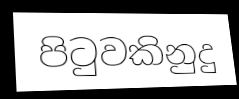
පිටුවකිනුදු